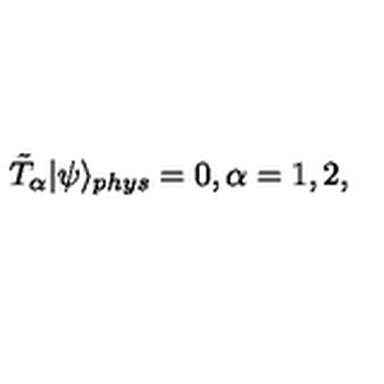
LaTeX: \tilde { T } _ { \alpha } | \psi \rangle _ { p h y s } = 0 , \alpha = 1 , 2 ,